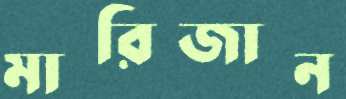
মারিজান